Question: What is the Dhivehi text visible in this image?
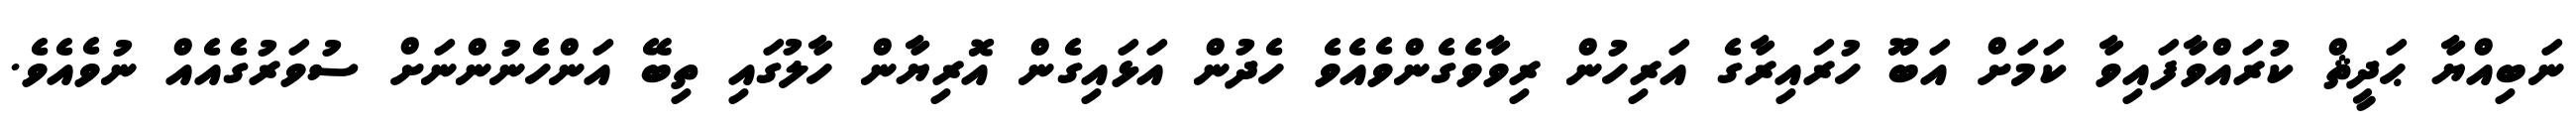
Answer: ނަބިއްޔާ ޙަދީޘް ކުރައްވާފައިވާ ކަމަށް އަބޫ ހުރައިރާގެ އަރިހުން ރިވާވެގެންވެއެވެ ހެދުން އަޅައިގެން އޮރިޔާން ހާލުގައި ތިބޭ އަންހެނުންނަށް ސުވަރުގެއެއް ނުވެއެވެ.